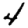
Digit: 4